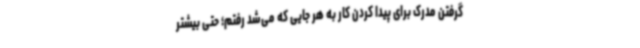
گرفتن مدرک برای پیدا کردن کار به هر جایی که می‌شد رفتم؛ حتی بیشتر